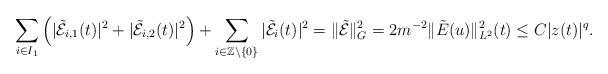
LaTeX: \begin{align*}\sum_{i\in I_1}\left(|\tilde{\mathcal{E}}_{i,1}(t)|^2+|\tilde{\mathcal{E}}_{i,2}(t)|^2 \right)+\sum_{i\in\mathbb{Z}\setminus\{0\}}|\tilde{\mathcal{E}}_{i}(t)|^2= \Vert \tilde{\mathcal{E}}\Vert^2_G =2m^{-2}\|\tilde{E}(u)\|^2_{L^2}(t) \leq C |z(t)|^q.\end{align*}